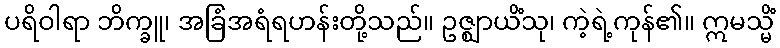
ပရိဝါရာ ဘိက္ခူ၊ အခြံအရံရဟန်းတို့သည်။ ဥဇ္ဈာယိံသု၊ ကဲ့ရဲ့ကုန်၏။ ဣမသ္မိံ